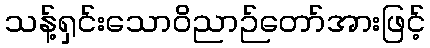
သန့်ရှင်းသောဝိညာဉ်တော်အားဖြင့်